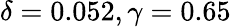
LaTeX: \delta=0.052,\gamma=0.65